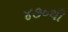
૪૭૦થી